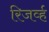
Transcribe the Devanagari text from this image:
रिजर्व्ह